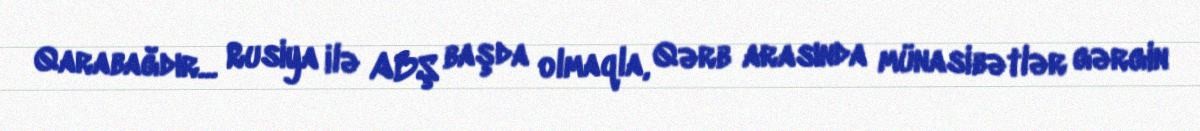
Qarabağdır... Rusiya ilə ABŞ başda olmaqla, Qərb arasında münasibətlər gərgin